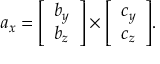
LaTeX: a _ { x } = { \left[ \begin{array} { l } { b _ { y } } \\ { b _ { z } } \end{array} \right] } \times { \left[ \begin{array} { l } { c _ { y } } \\ { c _ { z } } \end{array} \right] } .